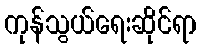
ကုန်သွယ်ရေးဆိုင်ရာ